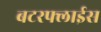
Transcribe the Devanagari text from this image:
बटरफ्लाईस